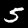
Label: 5